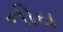
નીઘ